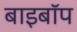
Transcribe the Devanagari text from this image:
बाइबॉप